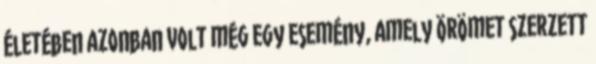
életében azonban volt még egy esemény, amely örömet szerzett